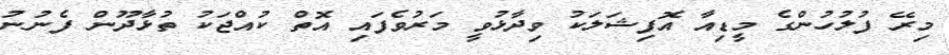
މިރޭ ފުލުހުންގެ މީޑިއާ އޮފިޝަލަކު ވިދާޅުވީ މަރުވެފައި އޮތް ކުއްޖަކު ތުޅާދޫން ފެނުނު